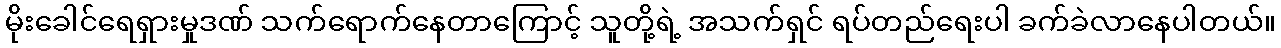
မိုးခေါင်ရေရှားမှုဒဏ် သက်ရောက်နေတာကြောင့် သူတို့ရဲ့ အသက်ရှင် ရပ်တည်ရေးပါ ခက်ခဲလာနေပါတယ်။